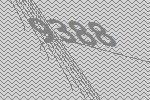
9388